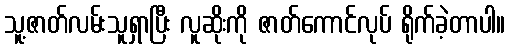
သူ့ဇာတ်လမ်းသူရှာပြီး လူဆိုးကို ဇာတ်ကောင်လုပ် ရိုက်ခဲ့တာပါ။